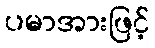
ပမာအားဖြင့်